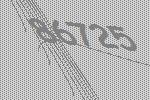
86725